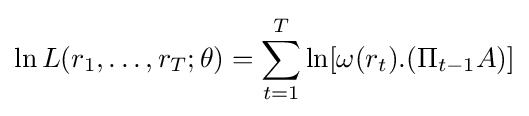
\ln L(r_{1},\dots ,r_{T};\theta )=\sum _{t=1}^{T}\ln[\omega (r_{t}).(\Pi _{t-1}A)]